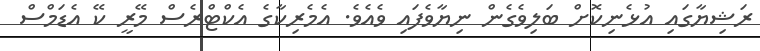
ރަޝިޔާގައި އުޅެނިކޮށް ބަލިވެގެން ނިޔާވެފައި ވެއެވެ. އެމެރިކާގެ އެކްޓްރެސް މޭރީ ކޭ އެޑަމްސް